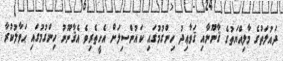
ދައުލަތުގެ މާލިއްޔަތުގެ ޤާނޫނާއި ޤަވާޢިދު ހިންގުމުގައި ކައުންސިލަށް އެހީތެރިވެ އެޤާނޫނު ހިންގުމުގައި ޙަވާލުކުރާ